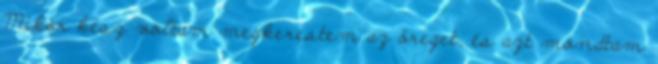
Mikor kész voltam megkerestem az öreget, és azt mondtam